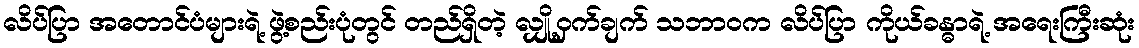
လိပ်ပြာ အတောင်ပံများရဲ့ ဖွဲ့စည်းပုံတွင် တည်ရှိတဲ့ လျှို့ဝှက်ချက် သဘာဝက လိပ်ပြာ ကိုယ်ခန္ဓာရဲ့ အရေးကြီးဆုံး